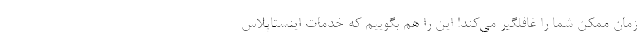
زمان ممکن شما را غافلگیر می‌کند! این را هم بگوییم که خدمات اینستاپلاس